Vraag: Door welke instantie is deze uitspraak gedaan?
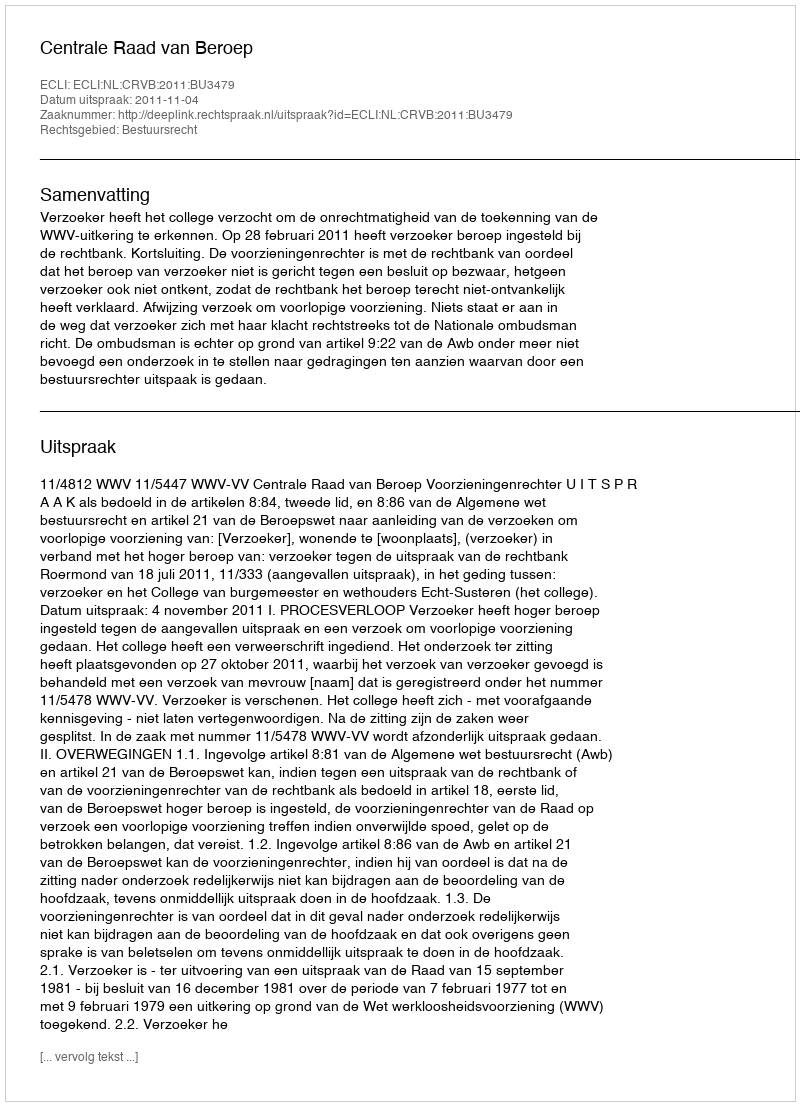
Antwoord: Centrale Raad van Beroep